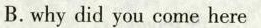
B.why did you come here